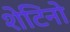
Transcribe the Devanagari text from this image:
शेटिनो